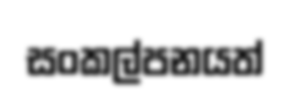
සංකල්පනයත්